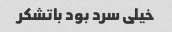
خیلی سرد بود باتشکر